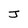
Character: J